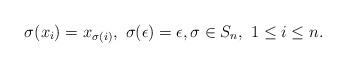
LaTeX: \begin{align*}\sigma (x_i) = x_{\sigma(i)}, \ \sigma(\epsilon) = \epsilon, \sigma \in S_n, \ 1 \leq i \leq n.\end{align*}